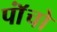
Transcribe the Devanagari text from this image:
पाॅंचो